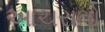
આચરાતો